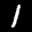
Label: 1